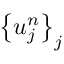
\left\{ u _ { j } ^ { n } \right\} _ { j }